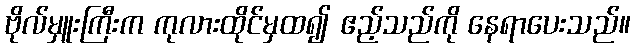
ဗိုလ်မှူးကြီးက ကုလားထိုင်မှထ၍ ဧည့်သည်ကို နေရာပေးသည်။